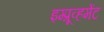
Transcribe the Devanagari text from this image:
इम्प्रूव्हमेंट